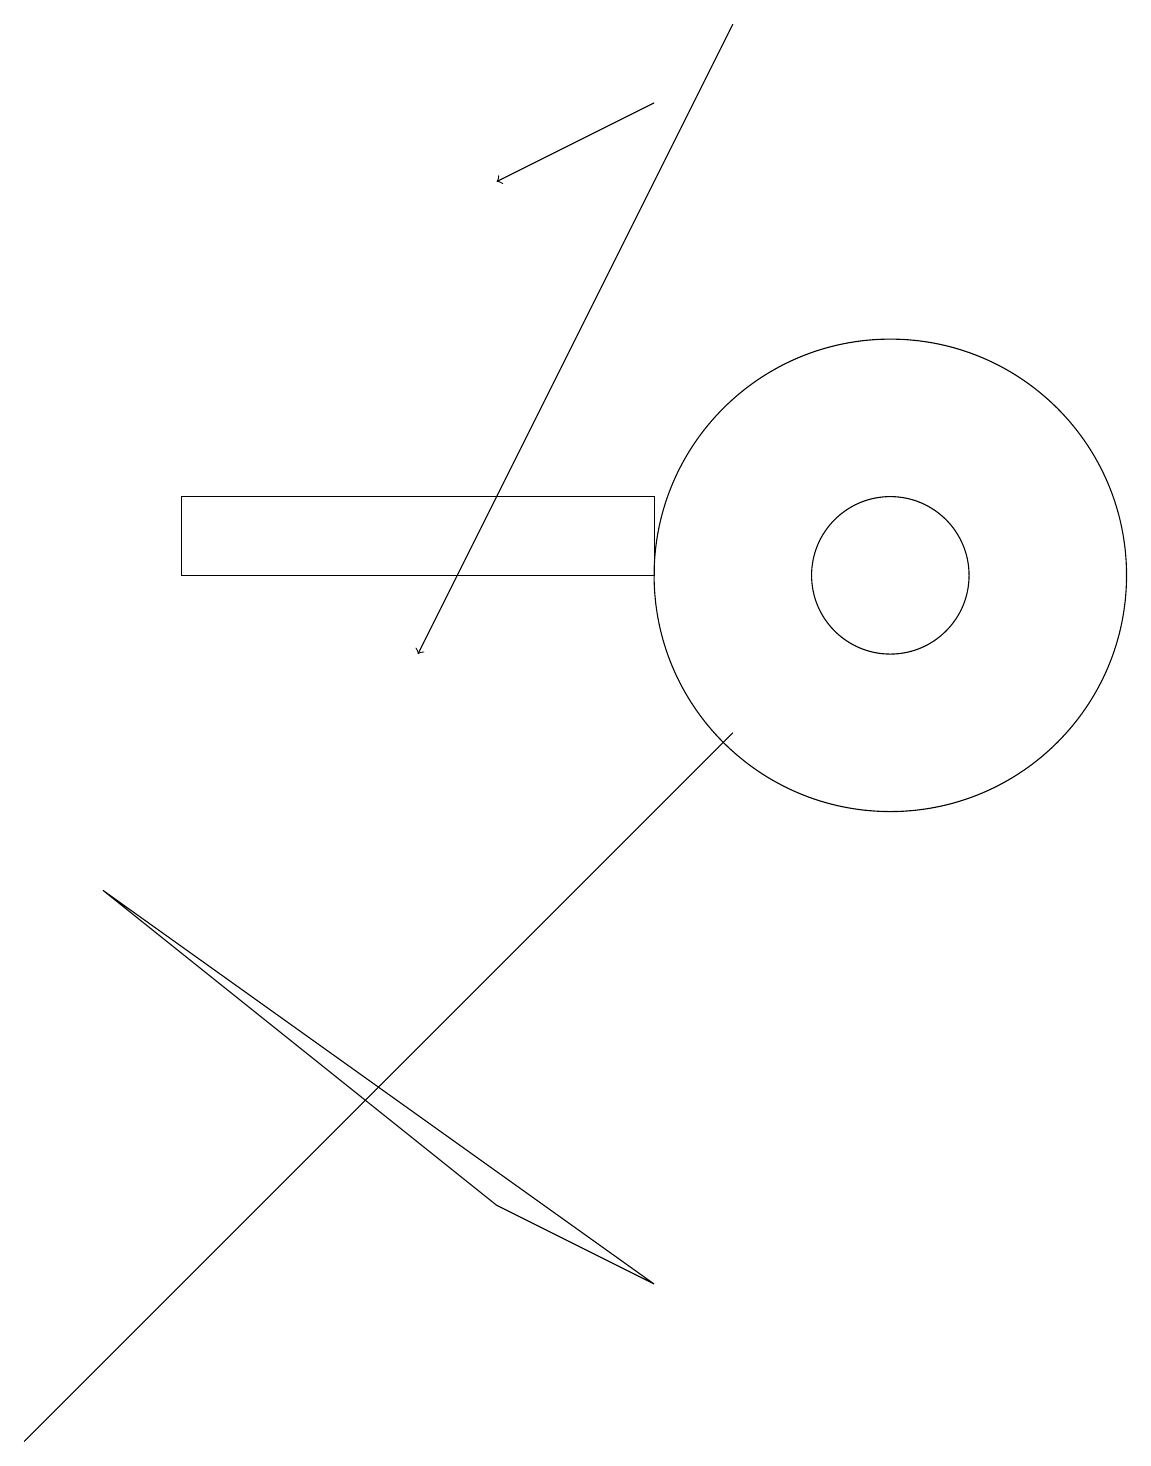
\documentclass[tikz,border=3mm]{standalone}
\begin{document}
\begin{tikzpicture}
\draw (11,11) circle (3);
\draw (8,12) rectangle (2,11);
\draw[->] (9,18) -- (5,10);
\draw (9,9) -- (4,4) -- (0,0) -- cycle;
\draw[->] (8,17) -- (6,16);
\draw (1,7) -- (6,3) -- (8,2) -- cycle;
\draw (11,11) circle (1);
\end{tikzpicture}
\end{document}